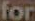
for